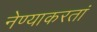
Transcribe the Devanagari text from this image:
नेण्याकरतां